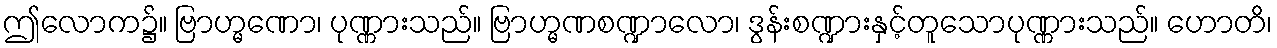
ဤလောက၌။ ဗြာဟ္မဏော၊ ပုဏ္ဏားသည်။ ဗြာဟ္မဏစဏ္ဍာလော၊ ဒွန်းစဏ္ဍားနှင့်တူသောပုဏ္ဏားသည်။ ဟောတိ၊